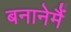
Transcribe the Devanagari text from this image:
बनानेमैं